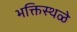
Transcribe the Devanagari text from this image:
भक्तिस्थळे